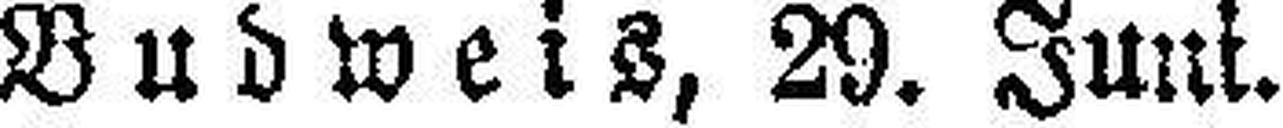
Budweis, 29. Juni.